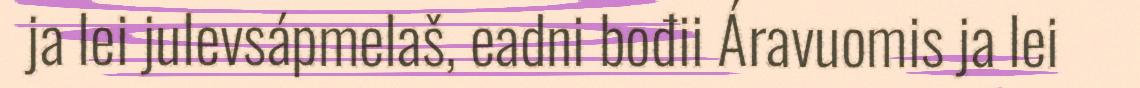
ja lei julevsápmelaš, eadni bođii Áravuomis ja lei